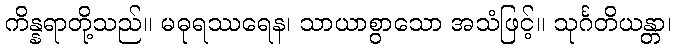
ကိန္နရာတို့သည်။ မဓုရဿရေန၊ သာယာစွာသော အသံဖြင့်။ သုင်္ဂတိယန္တာ၊